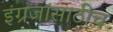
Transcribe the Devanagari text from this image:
इंग्रजांसाठीच